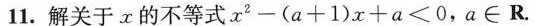
11.解关于x的不等式$$x ^ { 2 } - ( a + 1 ) x + a < 0$$，a \in R.